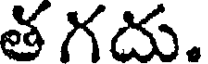
త గదు.